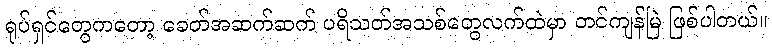
ရုပ်ရှင်တွေကတော့ ခေတ်အဆက်ဆက် ပရိသတ်အသစ်တွေလက်ထဲမှာ တင်ကျန်မြဲ ဖြစ်ပါတယ်။